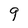
Character: 9